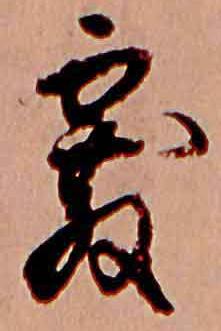
霰